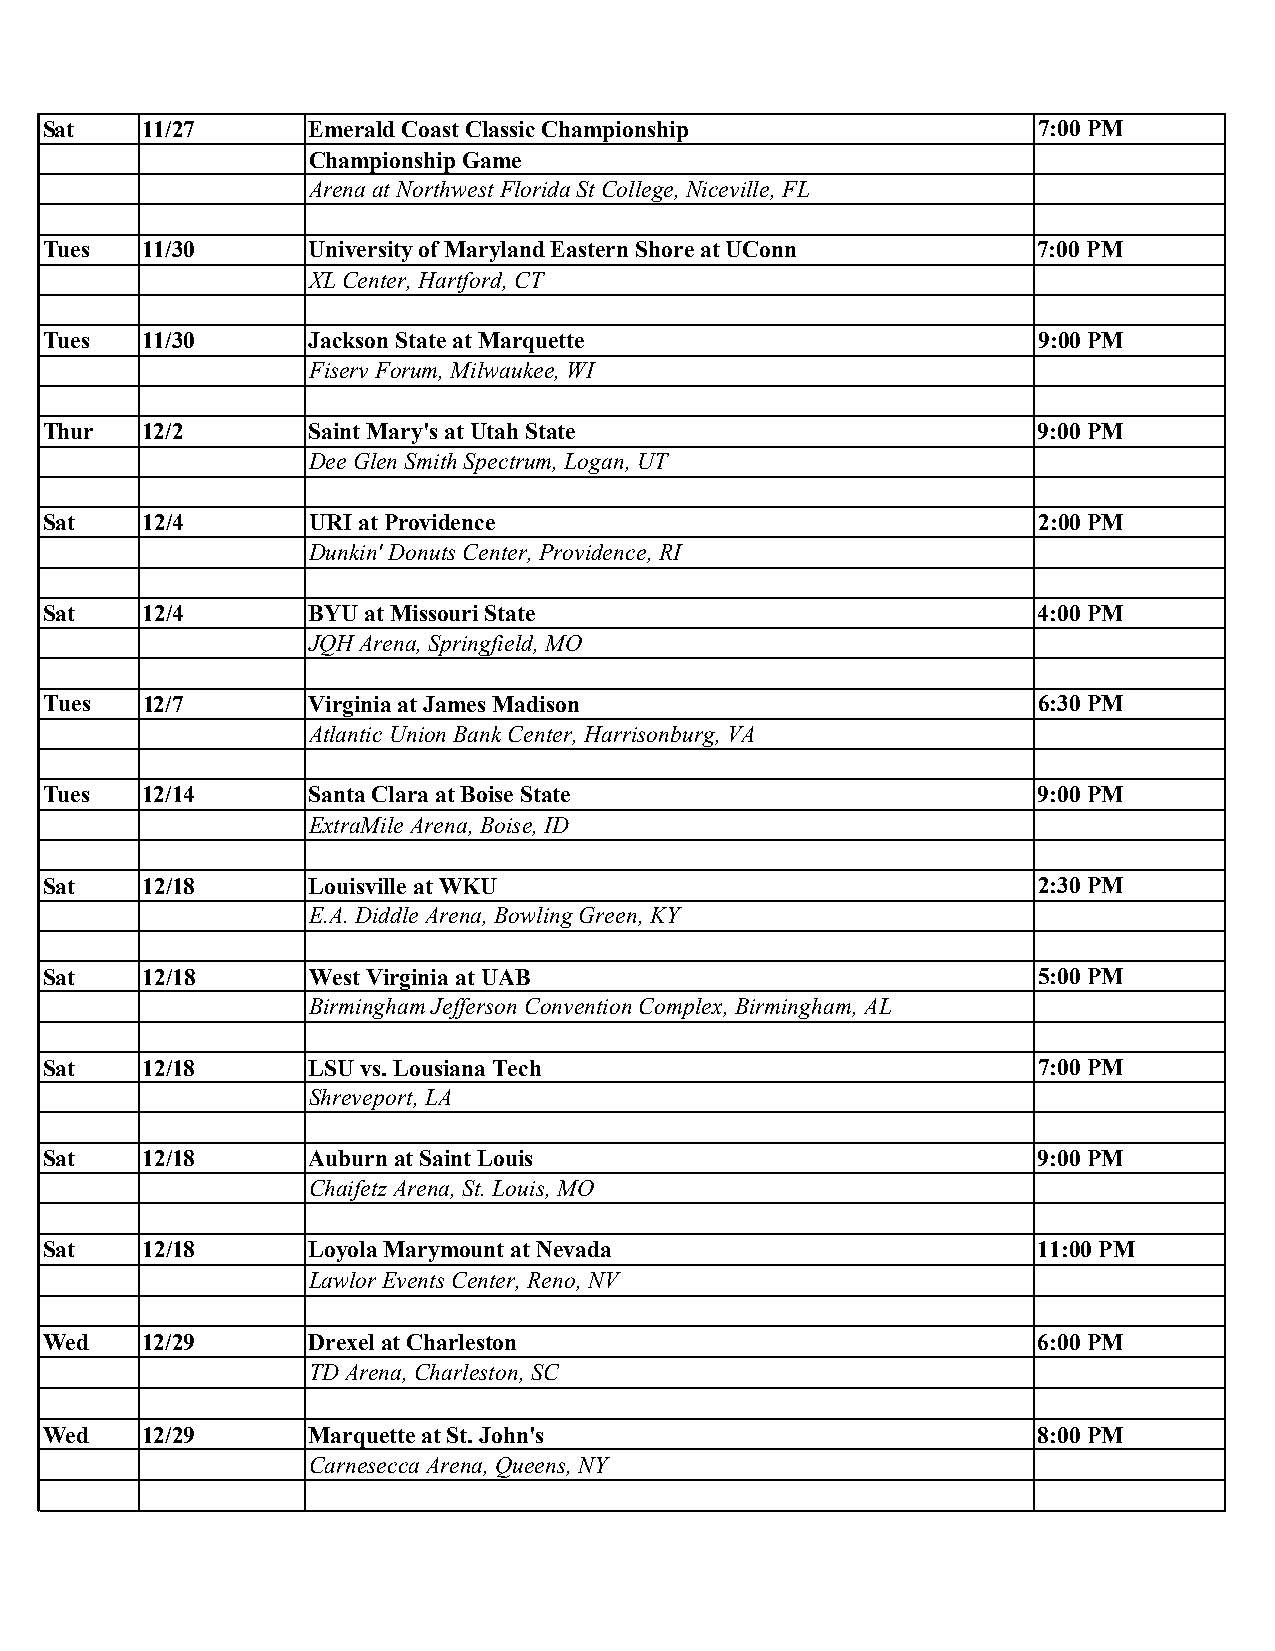
Sat   11/27      Emerald Coast Classic Championship               7:00 PM
 Championship Game
 Arena at Northwest Florida St College, Niceville, FL
 Tues  11/30      University of Maryland Eastern Shore at UConn    7:00 PM
 XL Center, Hartford, CT
 Tues  11/30      Jackson State at Marquette                       9:00 PM
 Fiserv Forum, Milwaukee, WI
 Thur  12/2       Saint Mary's at Utah State                       9:00 PM
 Dee Glen Smith Spectrum, Logan, UT
 Sat   12/4       URI at Providence                                2:00 PM
 Dunkin' Donuts Center, Providence, RI
 Sat   12/4       BYU at Missouri State                            4:00 PM
 JQH Arena, Springfield, MO
 Tues  12/7       Virginia at James Madison                        6:30 PM
 Atlantic Union Bank Center, Harrisonburg, VA
 Tues  12/14      Santa Clara at Boise State                       9:00 PM
 ExtraMile Arena, Boise, ID
 Sat   12/18      Louisville at WKU                                2:30 PM
 E.A. Diddle Arena, Bowling Green, KY
 Sat   12/18      West Virginia at UAB                             5:00 PM
 Birmingham Jefferson Convention Complex, Birmingham, AL
 Sat   12/18      LSU vs. Lousiana Tech                            7:00 PM
 Shreveport, LA
 Sat   12/18      Auburn at Saint Louis                            9:00 PM
 Chaifetz Arena, St. Louis, MO
 Sat   12/18      Loyola Marymount at Nevada                       11:00 PM
 Lawlor Events Center, Reno, NV
 Wed   12/29      Drexel at Charleston                             6:00 PM
 TD Arena, Charleston, SC
 Wed   12/29      Marquette at St. John's                          8:00 PM
 Carnesecca Arena, Queens, NY